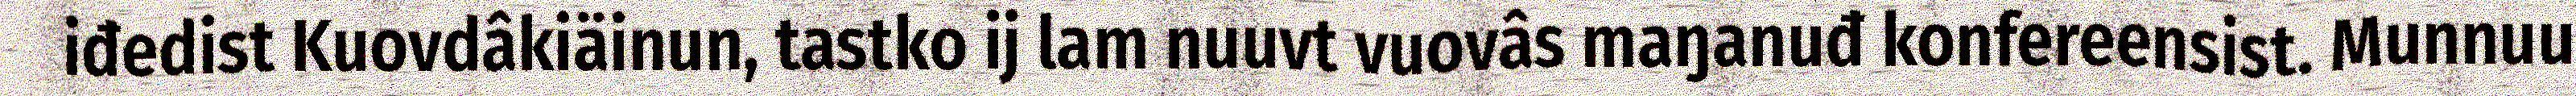
iđedist Kuovdâkiäinun, tastko ij lam nuuvt vuovâs maŋanuđ konfereensist. Munnuu